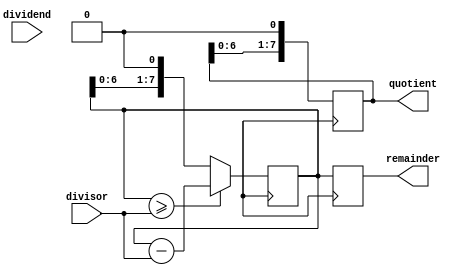
module BinaryDivider(
    input [7:0] dividend,
    input [7:0] divisor,
    output reg [7:0] quotient,
    output reg [7:0] remainder
);

reg [7:0] temp_dividend;
reg [3:0] shift_cnt;

always @ (posedge clk) begin
    // Initialize variables
    temp_dividend <= dividend;
    quotient <= 8'b0;
    remainder <= 8'b0;
    shift_cnt <= 4'b0;

    // Division algorithm
    repeat(8) begin
        temp_dividend <= temp_dividend << 1; // Shift dividend left
        shift_cnt <= shift_cnt + 1;
        
        if (temp_dividend >= divisor) begin
            temp_dividend <= temp_dividend - divisor;
            quotient[7] <= 1; // MSB of quotient is set to 1
        end else begin
            quotient[7] <= 0;
        end
        
        // Shift quotient left
        quotient <= {quotient[6:0], 1'b0};
    end

    remainder <= temp_dividend;
end

endmodule